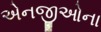
એનજીઓના